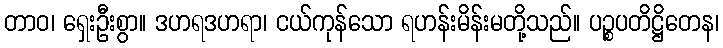
တာဝ၊ ရှေးဦးစွာ။ ဒဟရဒဟရာ၊ ငယ်ကုန်သော ရဟန်းမိန်းမတို့သည်။ ပဉ္စပတိဋ္ဌိတေန၊